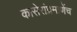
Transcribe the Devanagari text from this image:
कासेरांप्रमाणेंच